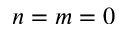
n = m = 0